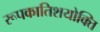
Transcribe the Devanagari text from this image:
रूपकातिशयोक्ति